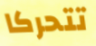
تتحركا